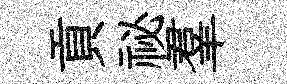
貢祕羣